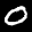
Label: 0